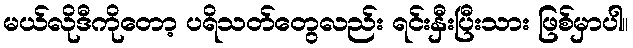
မယ်လိုဒီကိုတော့ ပရိသတ်တွေလည်း ရင်းနှီးပြီးသား ဖြစ်မှာပါ။